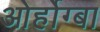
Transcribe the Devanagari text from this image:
ओर्होग्बा